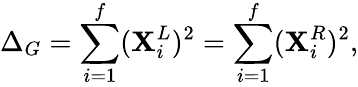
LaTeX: \Delta_{G}=\sum_{i=1}^{f}(\mathbf{X}_{i}^{L})^{2}=\sum_{i=1}^{f}(\mathbf{X}_{i}^{R})^{2},